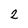
Character: 2